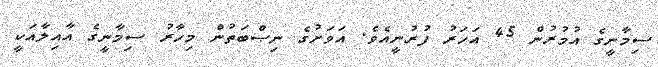
ސިމާނީގެ އުމުރުން 45 އަހަރު ފުރުނީއެވެ. އަވަށުގެ ނިޞްބަތުން މިހާރު ސިމާނީގެ އާއިލާއަކީ